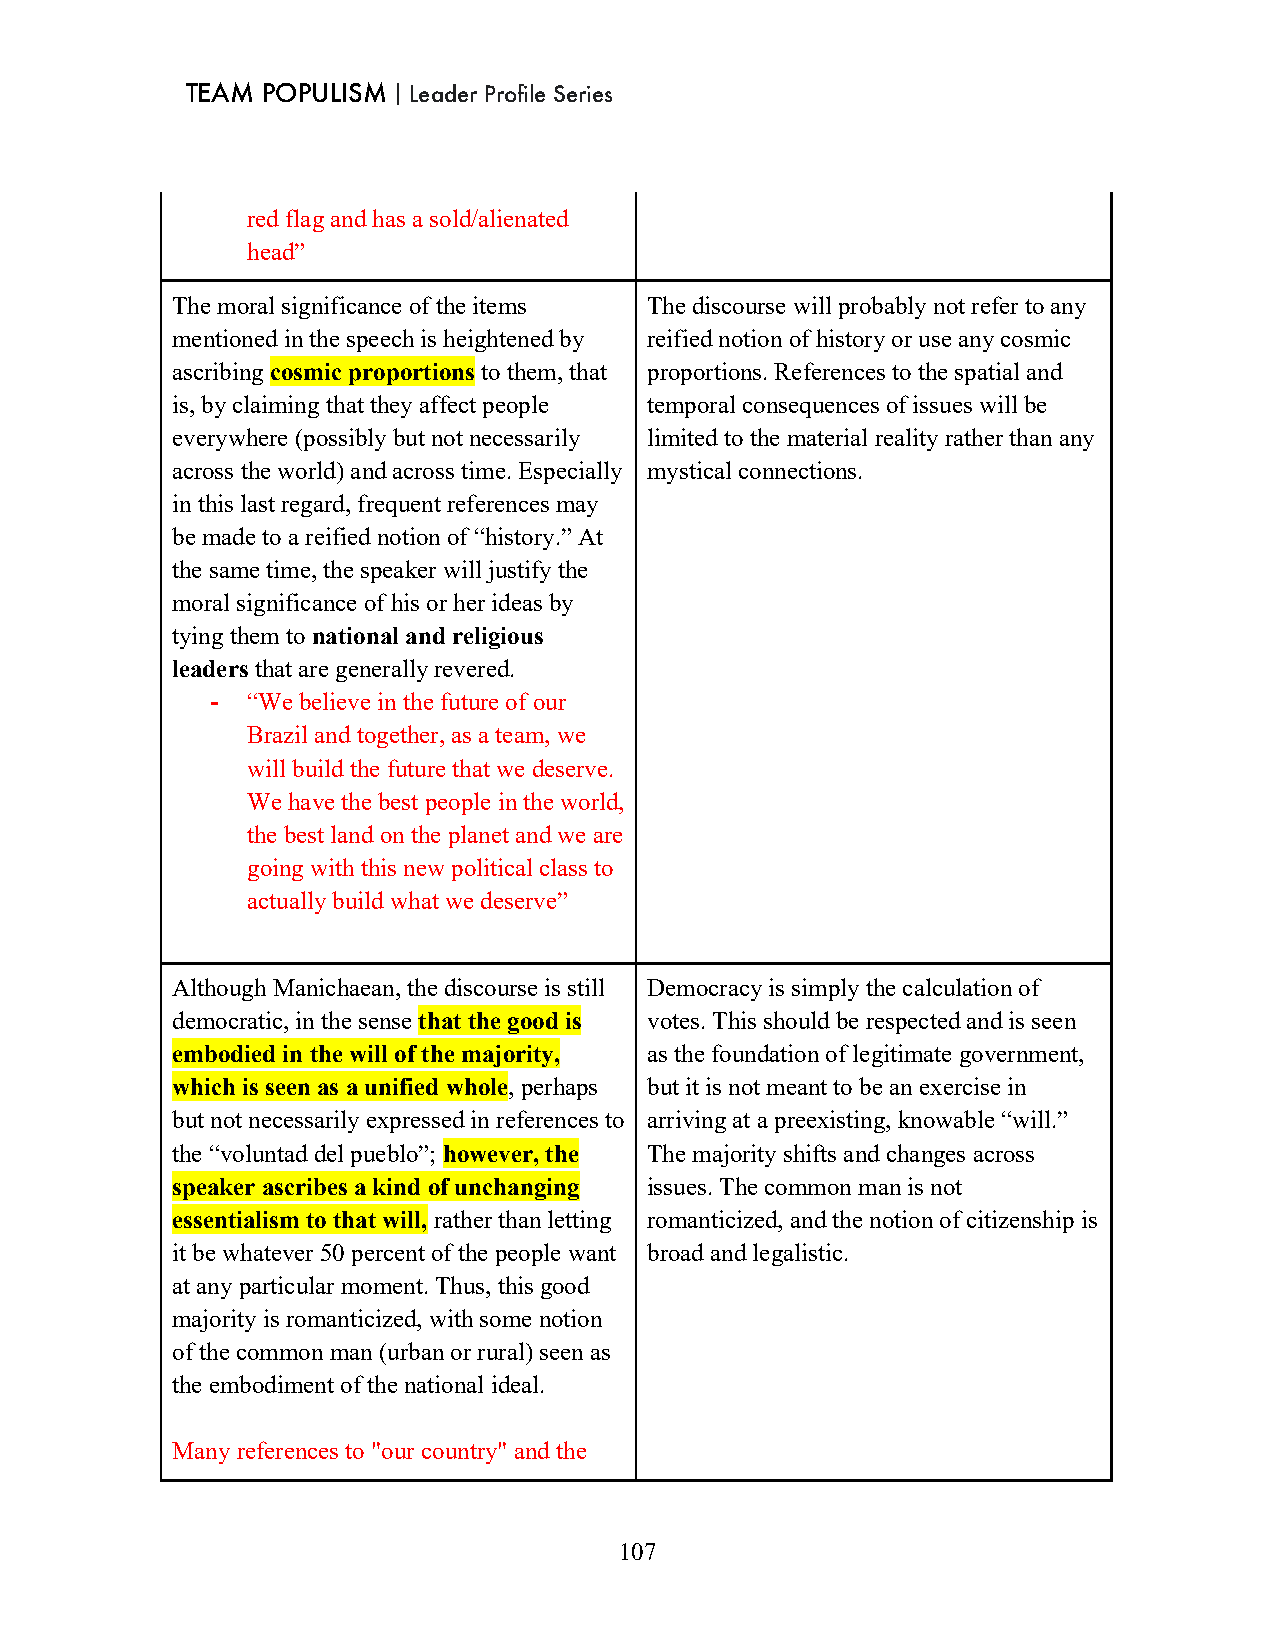
TEAM POPULISM｜Leader Profile Series
 red flag and has a sold/alienated
 head”
 The moral significance of the items The discourse will probably not refer to any
 mentioned in the speech is heightened by reified notion of history or use any cosmic
 ascribing cosmic proportions to them, that proportions. References to the spatial and
 is, by claiming that they affect people temporal consequences of issues will be
 everywhere (possibly but not necessarily limited to the material reality rather than any
 across the world) and across time. Especially mystical connections.
 in this last regard, frequent references may
 be made to a reified notion of “history.” At
 the same time, the speaker will justify the
 moral significance of his or her ideas by
 tying them to national and religious
 leaders that are generally revered.
 - “We believe in the future of our
 Brazil and together, as a team, we
 will build the future that we deserve.
 We have the best people in the world,
 the best land on the planet and we are
 going with this new political class to
 actually build what we deserve”
 Although Manichaean, the discourse is still Democracy is simply the calculation of
 democratic, in the sense that the good is votes. This should be respected and is seen
 embodied in the will of the majority, as the foundation of legitimate government,
 which is seen as a unified whole, perhaps but it is not meant to be an exercise in
 but not necessarily expressed in references to arriving at a preexisting, knowable “will.”
 the “voluntad del pueblo”; however, the The majority shifts and changes across
 speaker ascribes a kind of unchanging issues. The common man is not
 essentialism to that will, rather than letting romanticized, and the notion of citizenship is
 it be whatever 50 percent of the people want broad and legalistic.
 at any particular moment. Thus, this good
 majority is romanticized, with some notion
 of the common man (urban or rural) seen as
 the embodiment of the national ideal.
 Many references to "our country" and the
 107